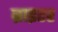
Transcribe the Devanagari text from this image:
ब्राइटर